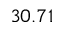
3 0 . 7 1